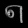
Digit: ၈